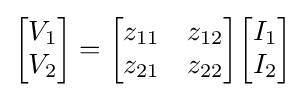
{\begin{bmatrix}V_{1}\\V_{2}\end{bmatrix}}={\begin{bmatrix}z_{11}&z_{12}\\z_{21}&z_{22}\\\end{bmatrix}}{\begin{bmatrix}I_{1}\\I_{2}\end{bmatrix}}